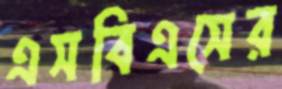
এসবিএসের